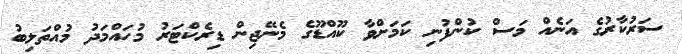
ސަރުކާރުގެ އަނެއް މަސް ކުންފުނި ކަމަށްވާ ކޫއްޑޫގެ މެނޭޖިން ޑިރެކްޓަރު މުހައްމަދު މުއްތަލިބު